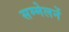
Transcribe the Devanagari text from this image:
सम्मेलनें